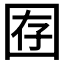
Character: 𫭇